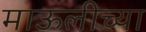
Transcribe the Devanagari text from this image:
माऊलीच्या